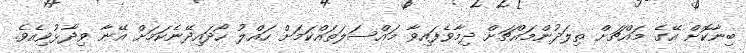
ބިނާކޮށް އޭގެ މައްޗަށް ތިލަދުންމައްޗަށް ދިމާވެފައިވާ މައްސަލަތައްކަމަށް ހައްލު ހޯދައިދޭނެކަމަށް އޭނާ ވިދާޅުވިއެވެ.